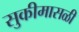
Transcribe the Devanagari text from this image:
सुकीमासळी